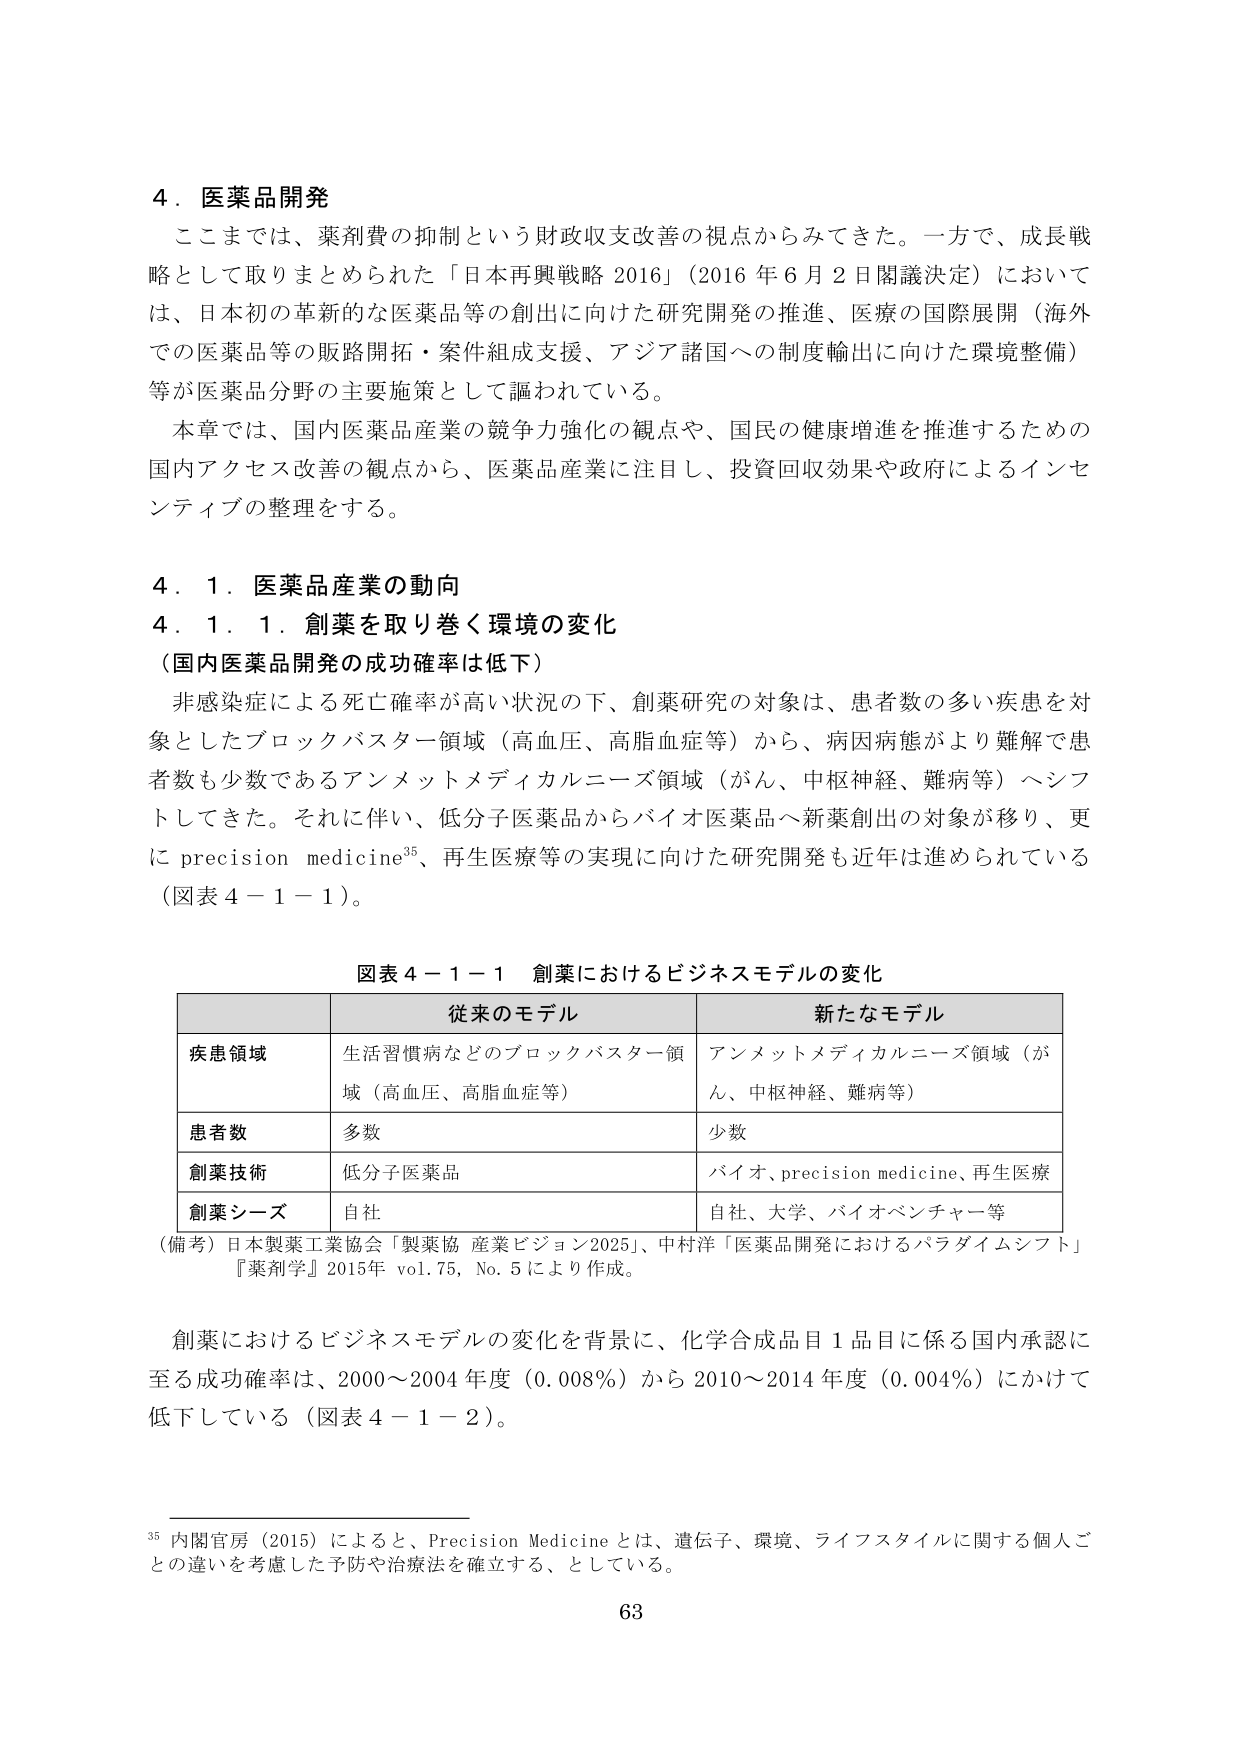
4．医薬品開発
ここまでは、薬剤費の抑制という財政収支改善の視点からみてきた。一方で、成長戦略として取りまとめられた「日本再興戦略 2016」（2016 年 6 月 2 日閣議決定）においては、日本初の革新的な医薬品等の創出に向けた研究開発の推進、医療の国際展開（海外での医薬品等の販路開拓・案件組成支援、アジア諸国への制度輸出に向けた環境整備）等が医薬品分野の主要施策として謳われている。
本章では、国内医薬品産業の競争力強化の観点や、国民の健康増進を推進するための国内アクセス改善の観点から、医薬品産業に注目し、投資回収効果や政府によるインセンティブの整理をする。

4．1．医薬品産業の動向
4．1．1．創薬を取り巻く環境の変化
（国内医薬品開発の成功確率は低下）
非感染症による死亡確率が高い状況の下、創薬研究の対象は、患者数の多い疾患を対象としたブロックバスター領域（高血圧、高脂血症等）から、病因病態がより難解で患者数も少数であるアンメットメディカルニーズ領域（がん、中枢神経、難病等）へシフトしてきた。それに伴い、低分子医薬品からバイオ医薬品へ新薬創出の対象が移り、更に precision medicine³⁵、再生医療等の実現に向けた研究開発も近年は進められている（図表 4－1－1）。

図表 4－1－1 創薬におけるビジネスモデルの変化
| | 従来のモデル | 新たなモデル |
|---|---|---|
| 疾患領域 | 生活習慣病などのブロックバスター領域（高血圧、高脂血症等） | アンメットメディカルニーズ領域（がん、中枢神経、難病等） |
| 患者数 | 多数 | 少数 |
| 創薬技術 | 低分子医薬品 | バイオ、precision medicine、再生医療 |
| 創薬シーズ | 自社 | 自社、大学、バイオベンチャー等 |
（備考）日本製薬工業協会「製薬協 産業ビジョン2025」、中村洋「医薬品開発におけるパラダイムシフト」『薬剤学』2015年 vol.75, No.5 により作成。

創薬におけるビジネスモデルの変化を背景に、化学合成品目 1 品目に係る国内承認に至る成功確率は、2000～2004 年度（0.008％）から 2010～2014 年度（0.004％）にかけて低下している（図表 4－1－2）。

³⁵ 内閣官房（2015）によると、Precision Medicine とは、遺伝子、環境、ライフスタイルに関する個人ごとの違いを考慮した予防や治療法を確立する、としている。

63